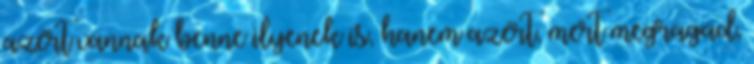
azért vannak benne ilyenek is, hanem azért, mert megragad,